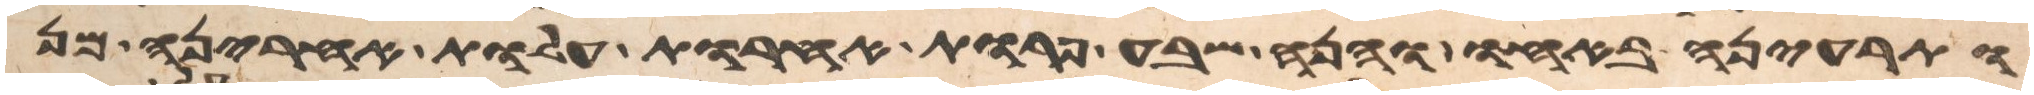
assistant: ותריענה באחו והנה שבע פרות אחרות עלות אחריהן מן